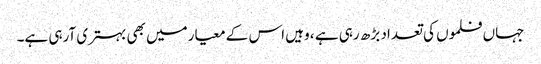
جہاں فلموں کی تعداد بڑھ رہی ہے ، وہیں اس کے معیارمیں بھی بہتری آرہی ہے۔